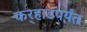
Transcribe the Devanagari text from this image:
कर्‍हाडपर्यंत